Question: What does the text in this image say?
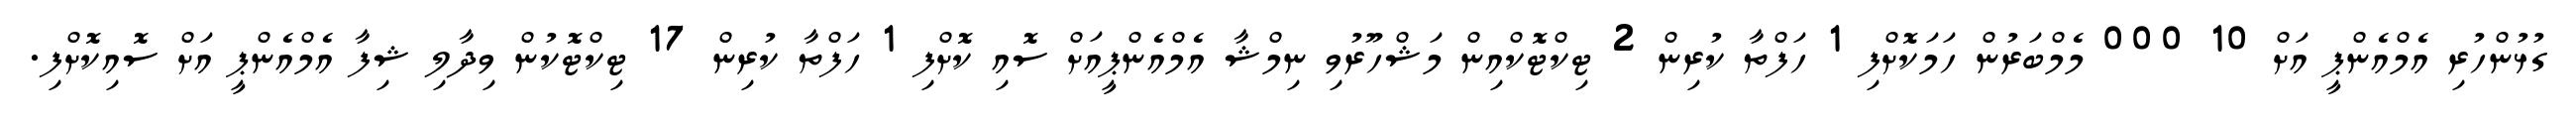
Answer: ގުޅުންހުރި އެމްއެންޕީ އަށް 10 000 މެމްބަރުން ހަމަކޮށްފި 1 ހަފްތާ ކުރިން 2 ޓިކްޓޮކްއިން މަޝްހޫރުވި ނިމްޝާ އެމްއެންޕީއަށް ސޮއި ކޮށްފި 1 ހަފްތާ ކުރިން 17 ޓިކްޓޮކުން ވިދާލި ޝިފާ އެމްއެންޕީ އަށް ސޮއިކޮށްފި.